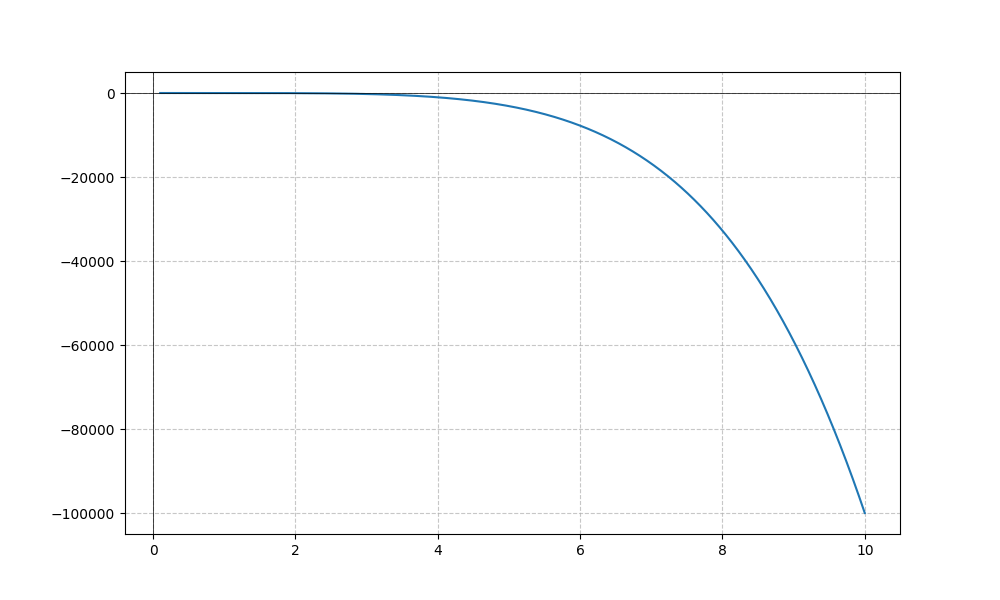
LaTeX formula: \sqrt{x} - x^{5}